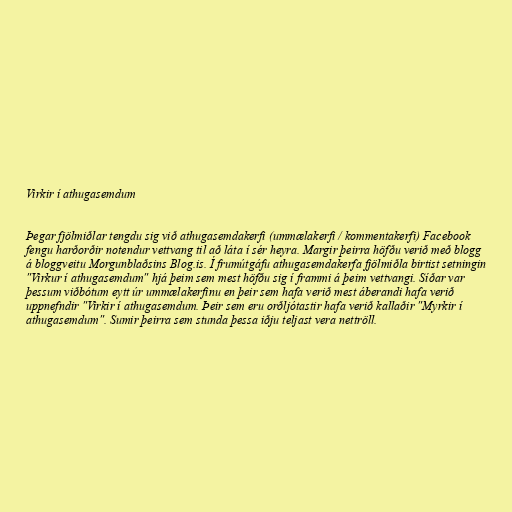
Virkir í athugasemdum

Þegar fjölmiðlar tengdu sig við athugasemdakerfi (ummælakerfi / kommentakerfi) Facebook
fengu harðorðir notendur vettvang til að láta í sér heyra. Margir þeirra höfðu verið með blogg
á bloggveitu Morgunblaðsins Blog.is. Í frumútgáfu athugasemdakerfa fjölmiðla birtist setningin
"Virkur í athugasemdum" hjá þeim sem mest höfðu sig í frammi á þeim vettvangi. Síðar var
þessum viðbótum eytt úr ummælakerfinu en þeir sem hafa verið mest áberandi hafa verið
uppnefndir "Virkir í athugasemdum. Þeir sem eru orðljótastir hafa verið kallaðir "Myrkir í
athugasemdum". Sumir þeirra sem stunda þessa iðju teljast vera nettröll.